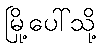
မြို့ပေါ်သို့